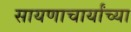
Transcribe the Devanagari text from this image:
सायणाचार्यांच्या